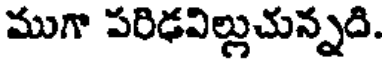
ముగా పరిఢవిల్లుచున్నది.